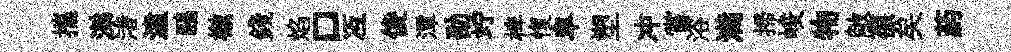
攜涕渚溘鷗檄錢焰口冱俊潭劭竚椑愎皁塑冲嘗浴满掃峻物敞葆矣葯